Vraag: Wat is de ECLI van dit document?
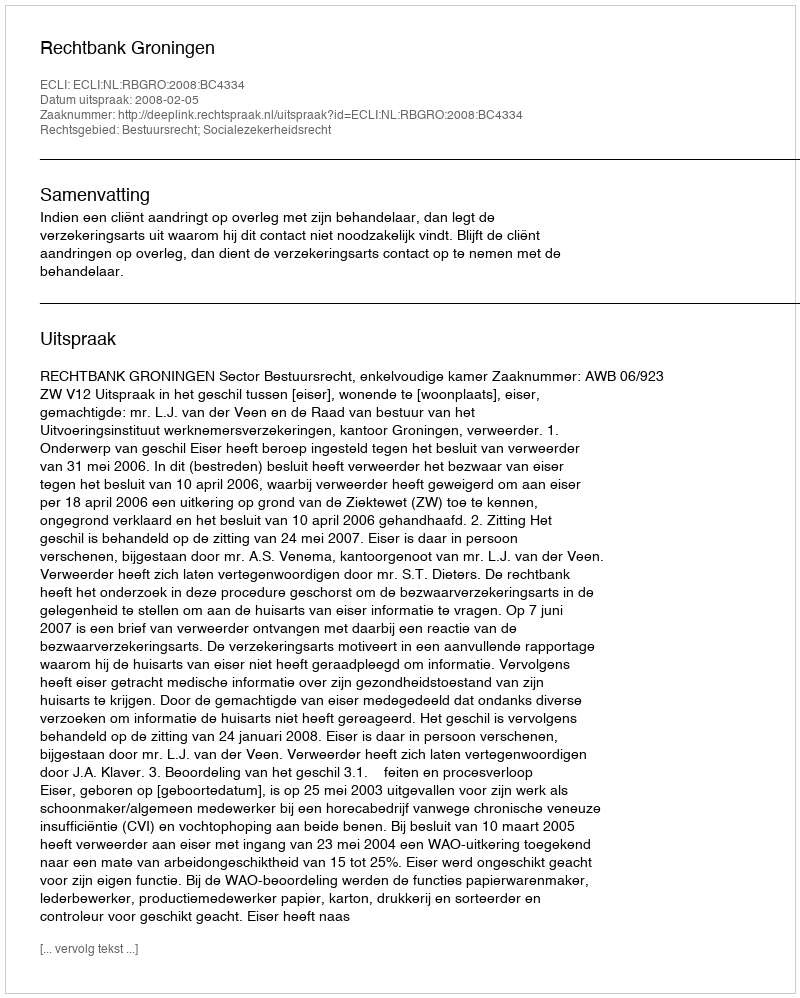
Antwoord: ECLI:NL:RBGRO:2008:BC4334